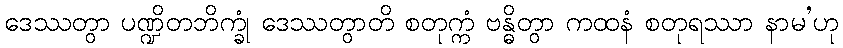
ဒေဿတွာ ပဏ္ဍိတဘိက္ခုံ ဒေဿတွာတိ စတုက္ကံ ဗန္ဓိတွာ ကထနံ စတုရဿာ နာမ’ဟု